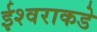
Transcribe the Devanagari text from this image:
ईश्‍वराकडे